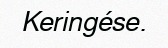
Keringése.